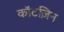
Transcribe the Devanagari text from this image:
कॉटज़िन